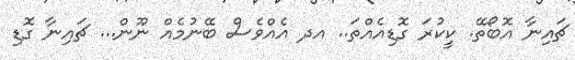
ޗައިނާ އޮބޯތޭ. ކީކުރަ ގޮޑިއެއްތަ.. އދ އެއްވެސް ބޭނުމެއް ނޫން... ޗައިނާ ގޮޑި